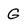
Character: G